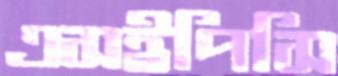
এসইপিসি